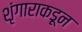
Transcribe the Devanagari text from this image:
शृंगाराकडून